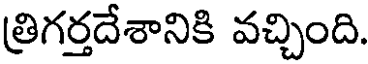
త్రిగర్తదేశానికి వచ్చింది.